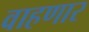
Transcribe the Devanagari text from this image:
वाहणार